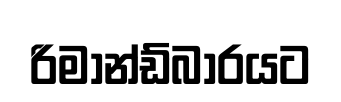
රිමාන්ඩ්බාරයට